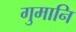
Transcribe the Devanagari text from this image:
गुमानि